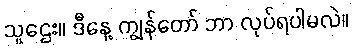
သူဌေး။ ဒီနေ့ ကျွန်တော် ဘာ လုပ်ရပါမလဲ။